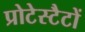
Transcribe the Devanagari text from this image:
प्रोटेस्टैटों